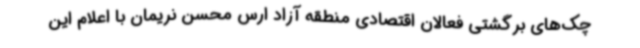
چک‌های برگشتی فعالان اقتصادی منطقه آزاد ارس محسن نریمان با اعلام این